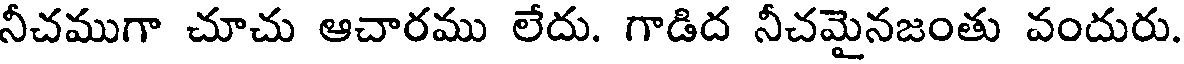
నీచముగా చూచు ఆచారము లేదు. గాడిద నీచమైనజంతు వందురు.